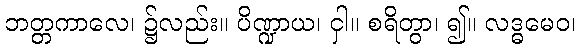
ဘတ္တကာလေ၊ ၌လည်း။ ပိဏ္ဍာယ၊ ငှါ။ စရိတွာ၊ ၍။ လဒ္ဓမေဝ၊